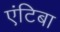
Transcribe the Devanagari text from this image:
एंटिबा